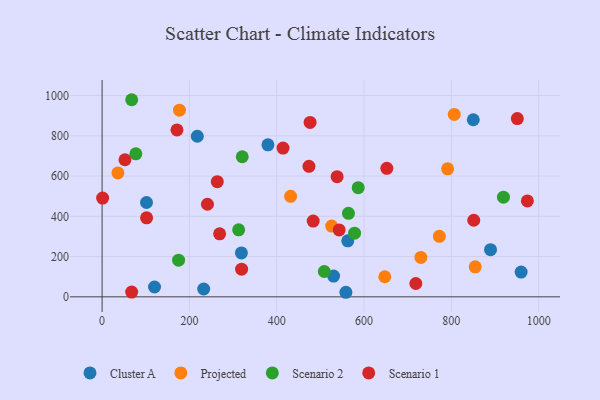
{"axis": {"x": "Distance", "y": "Profit"}, "legend": ["Cluster A", "Projected", "Scenario 1", "Scenario 2"], "data": [{"x": "120.1", "y": 48.9, "type": "Cluster A"}, {"x": "379.9", "y": 755.0, "type": "Cluster A"}, {"x": "562.7", "y": 278.3, "type": "Cluster A"}, {"x": "889.7", "y": 234.3, "type": "Cluster A"}, {"x": "959.8", "y": 123.0, "type": "Cluster A"}, {"x": "232.7", "y": 38.9, "type": "Cluster A"}, {"x": "218.1", "y": 797.8, "type": "Cluster A"}, {"x": "558.4", "y": 22.7, "type": "Cluster A"}, {"x": "101.7", "y": 468.6, "type": "Cluster A"}, {"x": "530.2", "y": 103.2, "type": "Cluster A"}, {"x": "850.2", "y": 879.9, "type": "Cluster A"}, {"x": "319.1", "y": 218.4, "type": "Cluster A"}, {"x": "806.6", "y": 906.1, "type": "Projected"}, {"x": "36.2", "y": 615.8, "type": "Projected"}, {"x": "431.8", "y": 499.2, "type": "Projected"}, {"x": "854.6", "y": 149.3, "type": "Projected"}, {"x": "647.5", "y": 99.9, "type": "Projected"}, {"x": "525.8", "y": 351.5, "type": "Projected"}, {"x": "791.4", "y": 636.1, "type": "Projected"}, {"x": "177.2", "y": 927.3, "type": "Projected"}, {"x": "772.5", "y": 300.6, "type": "Projected"}, {"x": "730.2", "y": 195.8, "type": "Projected"}, {"x": "564.3", "y": 414.7, "type": "Scenario 2"}, {"x": "578.3", "y": 316.1, "type": "Scenario 2"}, {"x": "312.8", "y": 332.8, "type": "Scenario 2"}, {"x": "67.8", "y": 979.3, "type": "Scenario 2"}, {"x": "919.3", "y": 495.3, "type": "Scenario 2"}, {"x": "586.6", "y": 542.2, "type": "Scenario 2"}, {"x": "321.0", "y": 696.1, "type": "Scenario 2"}, {"x": "77.3", "y": 710.3, "type": "Scenario 2"}, {"x": "175.2", "y": 182.1, "type": "Scenario 2"}, {"x": "508.9", "y": 125.8, "type": "Scenario 2"}, {"x": "1.2", "y": 490.7, "type": "Scenario 1"}, {"x": "171.5", "y": 829.5, "type": "Scenario 1"}, {"x": "319.5", "y": 137.3, "type": "Scenario 1"}, {"x": "652.2", "y": 638.4, "type": "Scenario 1"}, {"x": "67.7", "y": 23.7, "type": "Scenario 1"}, {"x": "241.3", "y": 460.0, "type": "Scenario 1"}, {"x": "483.5", "y": 376.6, "type": "Scenario 1"}, {"x": "951.1", "y": 885.7, "type": "Scenario 1"}, {"x": "52.4", "y": 681.2, "type": "Scenario 1"}, {"x": "101.9", "y": 392.6, "type": "Scenario 1"}, {"x": "269.2", "y": 313.3, "type": "Scenario 1"}, {"x": "263.8", "y": 572.4, "type": "Scenario 1"}, {"x": "476.4", "y": 866.3, "type": "Scenario 1"}, {"x": "543.0", "y": 332.3, "type": "Scenario 1"}, {"x": "851.3", "y": 380.5, "type": "Scenario 1"}, {"x": "538.3", "y": 596.8, "type": "Scenario 1"}, {"x": "473.8", "y": 648.3, "type": "Scenario 1"}, {"x": "974.1", "y": 476.7, "type": "Scenario 1"}, {"x": "414.4", "y": 738.9, "type": "Scenario 1"}, {"x": "718.6", "y": 66.2, "type": "Scenario 1"}]}